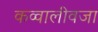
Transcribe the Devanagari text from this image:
कव्वालीवजा